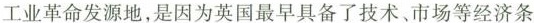
工业革命发源地，是因为英国最早具备了技术、市场等经济条